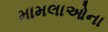
મામલાઓના